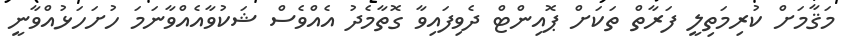
މަޤާމަށް ކުރިމަތިލީ ފަރާތް ތަކަށް ޕޮއިންޓް ދެވިފައިވާ ގޮތާމެދު އެއްވެސް ޝަކުވާއެއްވާނަމަ ހުށަހަޅުއްވާނީ